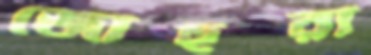
জোহুরা